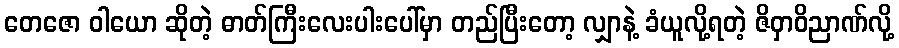
တေဇော ဝါယော ဆိုတဲ့ ဓာတ်ကြီးလေးပါးပေါ်မှာ တည်ပြီးတော့ လျှာနဲ့ ခံယူလို့ရတဲ့ ဇိဝှာဝိညာဏ်လို့